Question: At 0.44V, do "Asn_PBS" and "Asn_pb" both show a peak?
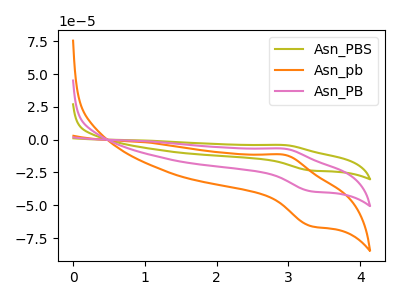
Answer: <think>The olive curve "Asn_PBS" has an anodic peak at (2.95V, -13.85uA) and a cathodic peak at (3.30V, -78.75uA). The orange curve "Asn_pb" has an anodic peak at (2.95V, -11.60uA) and a cathodic peak at (3.30V, -65.90uA). The pink curve "Asn_PB" has an anodic peak at (2.95V, -6.90uA) and a cathodic peak at (3.30V, -39.35uA).</think>
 <answer>No, "Asn_PBS" and "Asn_pb" dont share a peak at 0.44V.</answer>
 <eval>mismatch</eval>